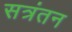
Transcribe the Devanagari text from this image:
सत्रंतन